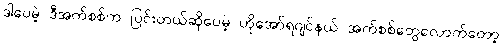
ဒါပေမဲ့ ဒီအက်စစ်က ပြင်းတယ်ဆိုပေမဲ့ ဟိုအော်ရဂျင်နယ် အက်စစ်တွေလောက်တော့